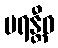
မရန္တီဓ